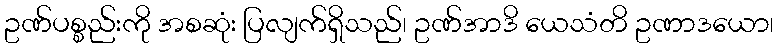
ဥဏ်ပစ္စည်းကို အစဆုံး ပြလျက်ရှိသည်၊ ဥဏ်အာဒိ ယေသံတိ ဥဏာဒယော၊